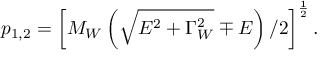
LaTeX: p _ { 1 , 2 } = \left[ M _ { W } \left( \sqrt { E ^ { 2 } + \Gamma _ { W } ^ { 2 } } \mp E \right) / 2 \right] ^ { \frac { 1 } { 2 } } .